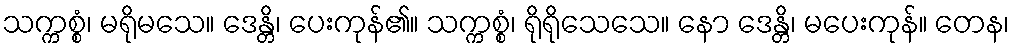
သက္ကစ္စံ၊ မရိုမသေ။ ဒေန္တိ၊ ပေးကုန်၏။ သက္ကစ္စံ၊ ရိုရိုသေသေ။ နော ဒေန္တိ၊ မပေးကုန်။ တေန၊